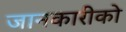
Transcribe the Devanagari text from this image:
जानकारीको